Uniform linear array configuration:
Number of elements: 64
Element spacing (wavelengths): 1
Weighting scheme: exponential
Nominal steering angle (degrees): -30
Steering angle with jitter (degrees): -28.793
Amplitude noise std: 0.05
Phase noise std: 0.05

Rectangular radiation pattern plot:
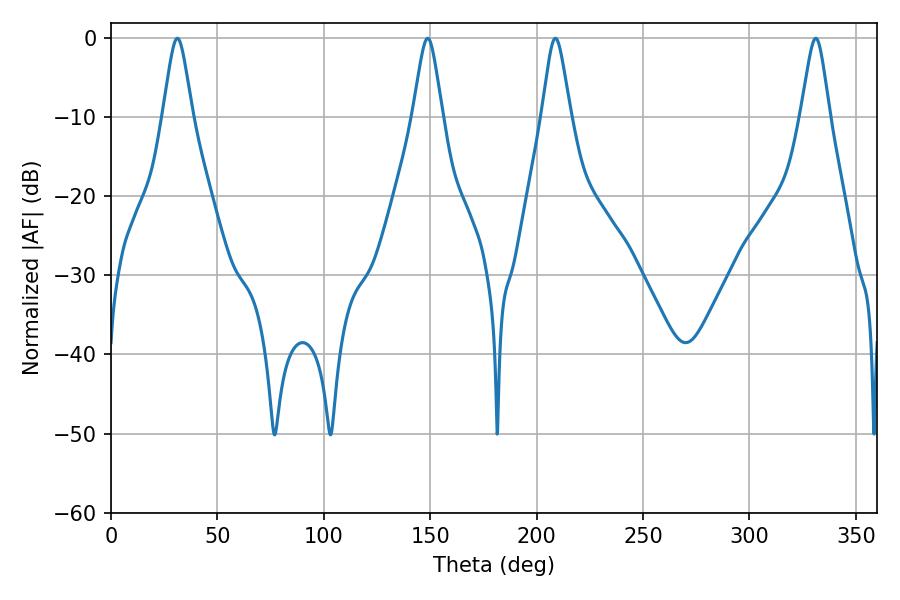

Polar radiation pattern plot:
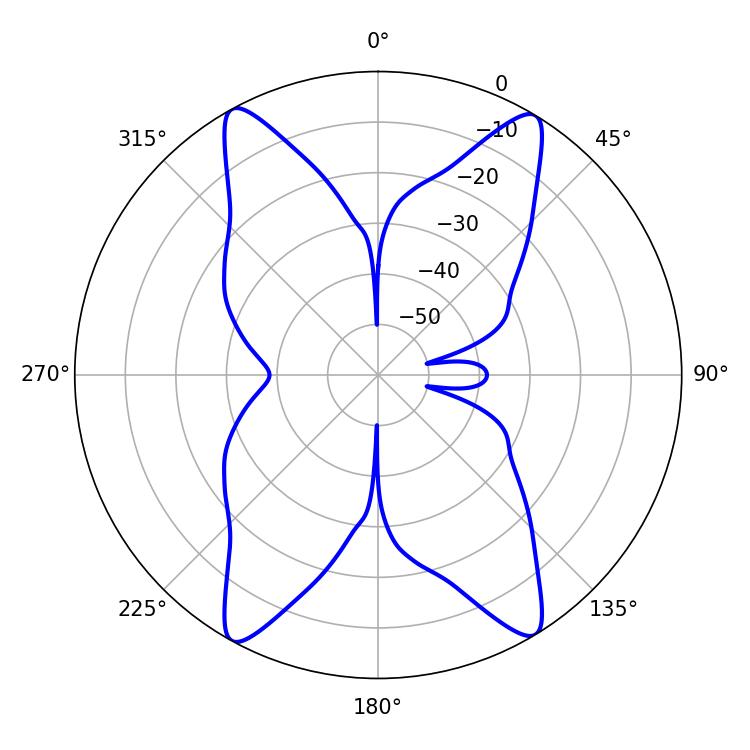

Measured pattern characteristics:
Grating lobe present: TRUE
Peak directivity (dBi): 22.786
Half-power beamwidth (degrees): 6.48
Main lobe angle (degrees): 208.8